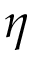
\eta